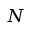
N